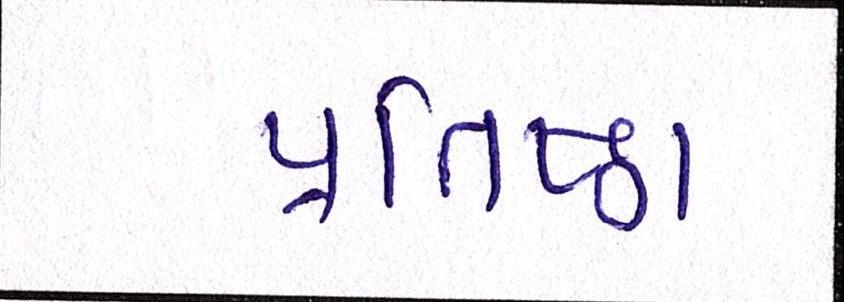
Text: પ્રતિષ્ઠા